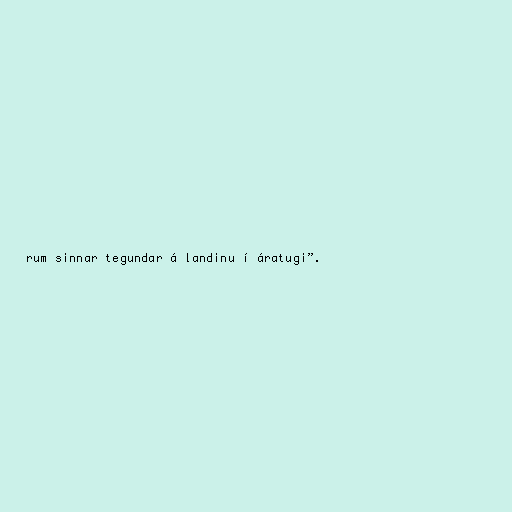
rum sinnar tegundar á landinu í áratugi”.